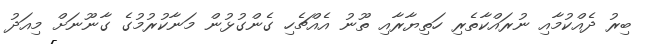
ބިރު ދެއްކުމާއި ނުރައްކާތެރި ހަތިޔާރާއި ތޫނު އެއްޗެހި ގެންގުޅުން މަނާކުރުމުގެ ގާނޫނަށް މިއަދު